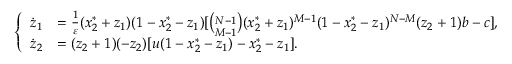
\left\{ \begin{array} { r l } { \dot { z } _ { 1 } } & { = \frac { 1 } { \varepsilon } ( x _ { 2 } ^ { * } + z _ { 1 } ) ( 1 - x _ { 2 } ^ { * } - z _ { 1 } ) [ \binom { N - 1 } { M - 1 } ( x _ { 2 } ^ { * } + z _ { 1 } ) ^ { M - 1 } ( 1 - x _ { 2 } ^ { * } - z _ { 1 } ) ^ { N - M } ( z _ { 2 } + 1 ) b - c ] , } \\ { \dot { z } _ { 2 } } & { = ( z _ { 2 } + 1 ) ( - z _ { 2 } ) [ u ( 1 - x _ { 2 } ^ { * } - z _ { 1 } ) - x _ { 2 } ^ { * } - z _ { 1 } ] . } \end{array} \right.